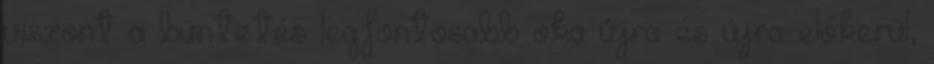
viszont a büntetés legfontosabb oka újra és újra előkerül,